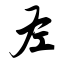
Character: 左